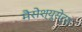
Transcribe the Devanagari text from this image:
मैसेश्यूसेट्स